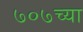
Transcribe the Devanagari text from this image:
७०७च्या